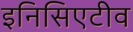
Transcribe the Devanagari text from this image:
इनिसिएटीव